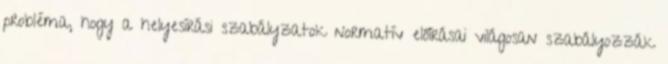
probléma, hogy a helyesírási szabályzatok normatív előírásai világosan szabályozzák